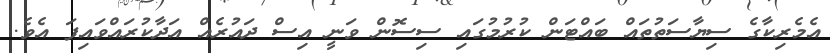
އެމެރިކާގެ ސިޔާސަތުތައް ބައްޓަން ކުރުމުގައި ސިސޮން ވަނީ އިސް ދައުރެއް އަދާކުރައްވައިފަ އެވެ.